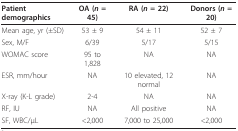
| Patient demographics | OA (n = 45) | RA (n = 22) | Donors (n = 20) |
 | --- | --- | --- | --- |
 | Mean age, yr (±SD) | 53 ± 9 | 54 ± 11 | 52 ± 7 |
 | Sex, M/F | 6/39 | 5/17 | 5/15 |
 | WOMAC score | 95 to 1,828 | NA | NA |
 | ESR, mm/hour | NA | 10 elevated, 12 normal | NA |
 | X-ray (K-L grade) | 2-4 | NA | NA |
 | RF, IU | NA | All positive | NA |
 | SF, WBC/μL | <2,000 | 7,000 to 25,000 | <2,000 |